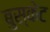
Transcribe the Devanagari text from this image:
बुस्केट